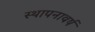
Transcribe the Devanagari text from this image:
स्थापनावर्ष